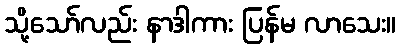
သို့သော်လည်း နာဒါကား ပြန်မ လာသေး။